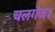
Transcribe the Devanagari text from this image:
चलगंज।